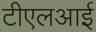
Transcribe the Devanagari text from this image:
टीएलआई